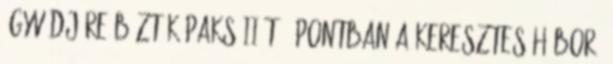
ügyvédjére bízták Paks II-t 5 pontban a keresztes háború